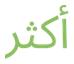
أكثر